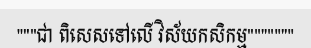
"""ជា ពិសេសទៅលើ វិស័យកសិកម្ម"""""""